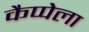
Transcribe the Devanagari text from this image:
कैप्पेला